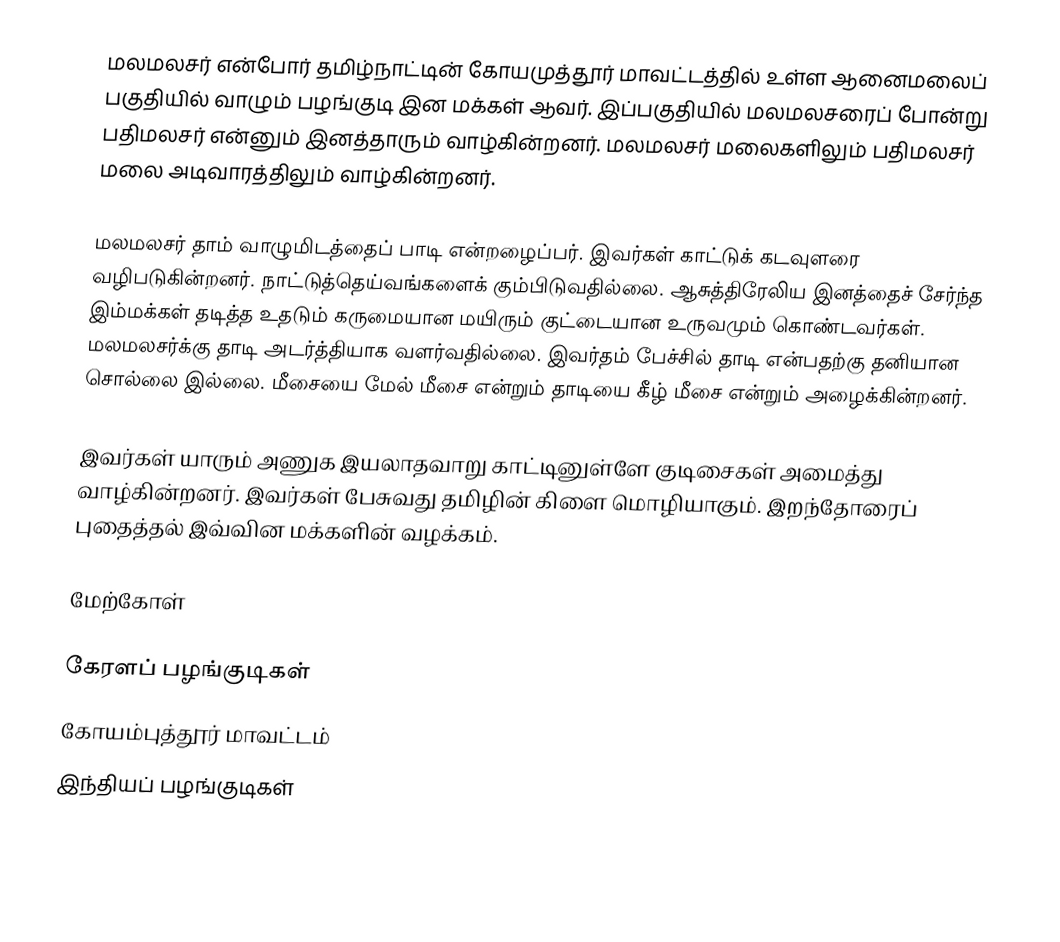
மலமலசர் என்போர் தமிழ்நாட்டின் கோயமுத்தூர் மாவட்டத்தில் உள்ள ஆனைமலைப் பகுதியில் வாழும் பழங்குடி இன மக்கள் ஆவர். இப்பகுதியில் மலமலசரைப் போன்று பதிமலசர் என்னும் இனத்தாரும் வாழ்கின்றனர். மலமலசர் மலைகளிலும் பதிமலசர் மலை அடிவாரத்திலும் வாழ்கின்றனர்.

மலமலசர் தாம் வாழுமிடத்தைப் பாடி என்றழைப்பர். இவர்கள் காட்டுக் கடவுளரை வழிபடுகின்றனர். நாட்டுத்தெய்வங்களைக் கும்பிடுவதில்லை. ஆசுத்திரேலிய இனத்தைச் சேர்ந்த இம்மக்கள் தடித்த உதடும் கருமையான மயிரும் குட்டையான உருவமும் கொண்டவர்கள். மலமலசர்க்கு தாடி அடர்த்தியாக வளர்வதில்லை. இவர்தம் பேச்சில் தாடி என்பதற்கு தனியான சொல்லை இல்லை. மீசையை மேல் மீசை என்றும் தாடியை கீழ் மீசை என்றும் அழைக்கின்றனர்.

இவர்கள் யாரும் அணுக இயலாதவாறு காட்டினுள்ளே குடிசைகள் அமைத்து வாழ்கின்றனர். இவர்கள் பேசுவது தமிழின் கிளை மொழியாகும். இறந்தோரைப் புதைத்தல் இவ்வின மக்களின் வழக்கம்.

மேற்கோள்

கேரளப் பழங்குடிகள்
கோயம்புத்தூர் மாவட்டம்
இந்தியப் பழங்குடிகள்